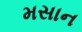
મસાન